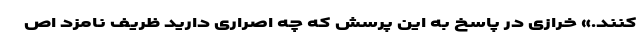
کنند.» خرازی در پاسخ به این پرسش که چه اصراری دارید ظریف نامزد اص